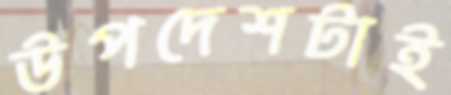
উপদেশটাই